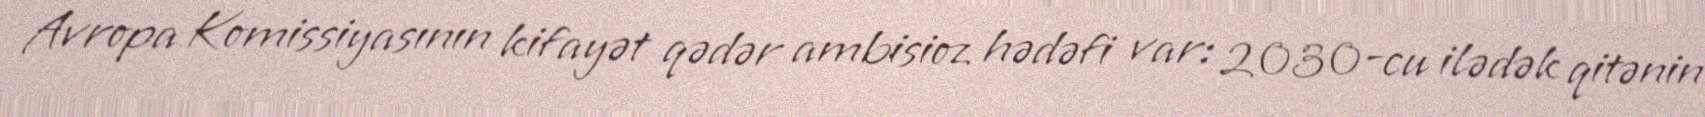
Avropa Komissiyasının kifayət qədər ambisioz hədəfi var: 2030-cu ilədək qitənin